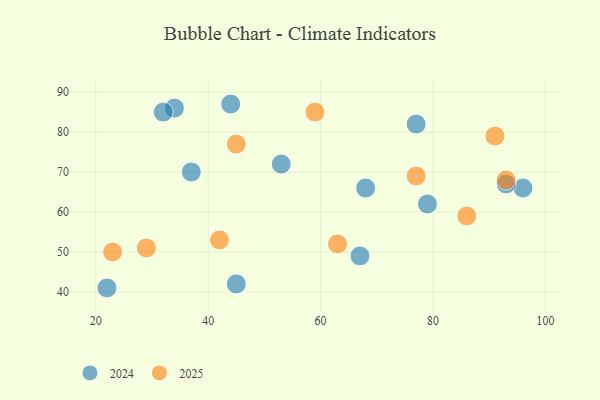
{"axis": {"x": "GDP", "y": "Life Expectancy"}, "legend": ["2024", "2025"], "data": [{"x": "63", "y": 52, "type": "2025"}, {"x": "86", "y": 59, "type": "2025"}, {"x": "45", "y": 77, "type": "2025"}, {"x": "23", "y": 50, "type": "2025"}, {"x": "91", "y": 79, "type": "2025"}, {"x": "77", "y": 69, "type": "2025"}, {"x": "42", "y": 53, "type": "2025"}, {"x": "29", "y": 51, "type": "2025"}, {"x": "59", "y": 85, "type": "2025"}, {"x": "93", "y": 68, "type": "2025"}, {"x": "96", "y": 66, "type": "2024"}, {"x": "68", "y": 66, "type": "2024"}, {"x": "79", "y": 62, "type": "2024"}, {"x": "34", "y": 86, "type": "2024"}, {"x": "44", "y": 87, "type": "2024"}, {"x": "32", "y": 85, "type": "2024"}, {"x": "37", "y": 70, "type": "2024"}, {"x": "22", "y": 41, "type": "2024"}, {"x": "53", "y": 72, "type": "2024"}, {"x": "45", "y": 42, "type": "2024"}, {"x": "77", "y": 82, "type": "2024"}, {"x": "93", "y": 67, "type": "2024"}, {"x": "67", "y": 49, "type": "2024"}]}